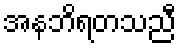
အနဘိရတသညီ